Scottish Leaving Certificate Examination, 1954
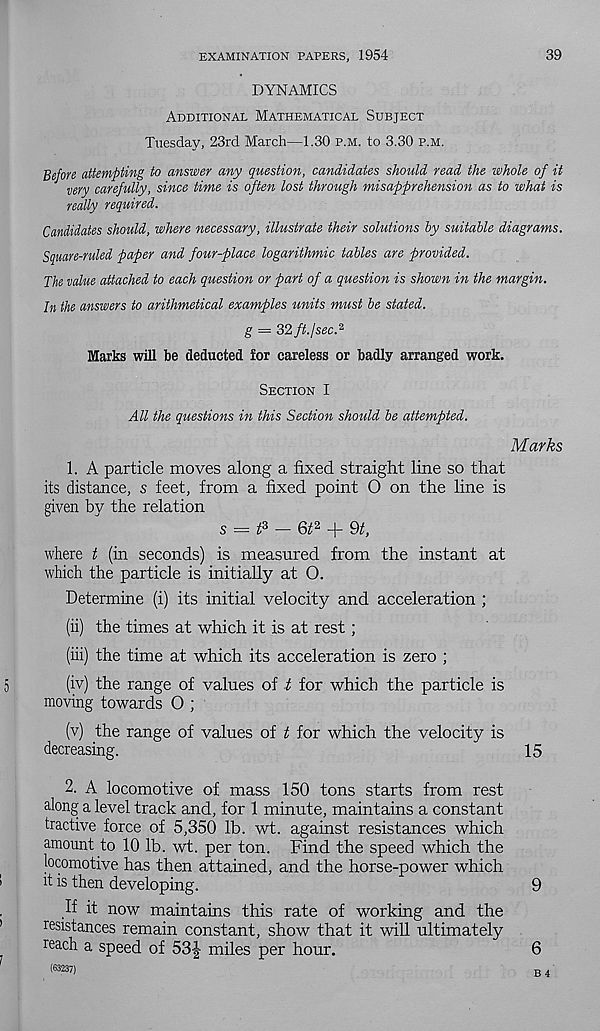
EXAMINATION PAPERS, 1954
39
DYNAMICS
Additional Mathematical Subject
Tuesday, 23rd March—1.30 p.m. to 3.30 p.m.
Before attempting to answer any question, candidates should read the whole of it
very carefully, since time is often lost through misapprehension as to what is
really required.
Candidates should, where necessary, illustrate their solutions by suitable diagrams.
Square-ruled paper and four-place logarithmic tables are provided.
The value attached to each question or part of a question is shown in the margin.
In the answers to arithmetical examples units must be stated.
g = 32 ft. I sec. 2
Marks will be deducted for careless or badly arranged work.
Section I
All the questions in this Section should be attempted.
Marks
1. A particle moves along a fixed straight line so that
its distance, s feet, from a fixed point O on the line is
given by the relation
s = t 3 — 6t 2 + 9t,
where t (in seconds) is measured from the instant at
which the particle is initially at O.
Determine (i) its initial velocity and acceleration ;
(ii) the times at which it is at rest;
(iii) the time at which its acceleration is zero ;
5
(iv) the range of values of t for which the particle is
moving towards O ;
(v) the range of values of t for which the velocity is
decreasing.
15
2. A locomotive of mass 150 tons starts from rest
along a level track and, for 1 minute, maintains a constant
tractive force of 5,350 lb. wt. against resistances which
amount to 10 lb. wt. per ton. Find the speed which the
locomotive has then attained, and the horse-power which
it is then developing.
9
If it now maintains this rate of working and the
resistances remain constant, show that it will ultimately
reach a speed of 53| miles per hour.
6
(63237)
B 4